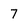
Character: 7